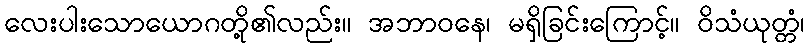
လေးပါးသောယောဂတို့၏လည်း။ အဘာဝနေ၊ မရှိခြင်းကြောင့်။ ဝိသံယုတ္တံ၊